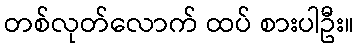
တစ်လုတ်လောက် ထပ် စားပါဦး။